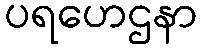
ပရဟေဌနာ